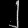
Digit: ၂